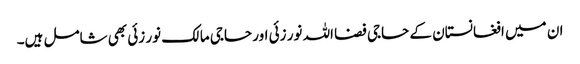
ان میں افغانستان کے حاجی فضا اللہ نور زئی اور حاجی مالک نور زئی بھی شامل ہیں۔